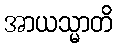
အာယသ္မာတိ